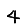
Digit: 4